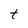
Character: t